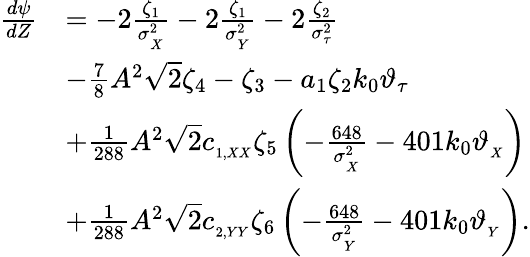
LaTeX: \begin{array}{rl}{\frac{d\psi}{dZ}}&{=-2\frac{\zeta_{1}}{\sigma_{_X}^{2}}-2\frac{\zeta_{1}}{\sigma_{_Y}^{2}}-2\frac{\zeta_{2}}{\sigma_{\tau}^{2}}}\\ &{-\frac{7}{8}A^{2}\sqrt{2}\zeta_{4}-\zeta_{3}-a_{1}\zeta_{2}k_{0}\vartheta_{\tau}}\\ &{+\frac{1}{288}A^{2}\sqrt{2}c_{_{1,XX}}\zeta_{5}\left(-\frac{648}{\sigma_{_X}^{2}}-401k_{0}\vartheta_{_{X}}\right)}\\ &{+\frac{1}{288}A^{2}\sqrt{2}c_{_{2,YY}}\zeta_{6}\left(-\frac{648}{\sigma_{_Y}^{2}}-401k_{0}\vartheta_{_{Y}}\right).}\end{array}